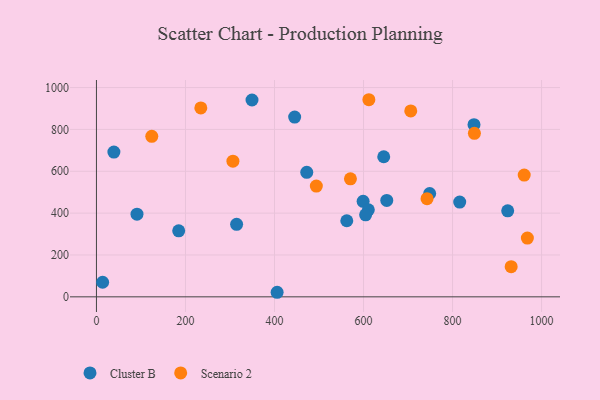
{"axis": {"x": "Experience", "y": "Rating"}, "legend": ["Cluster B", "Scenario 2"], "data": [{"x": "748.6", "y": 493.9, "type": "Cluster B"}, {"x": "599.1", "y": 456.6, "type": "Cluster B"}, {"x": "610.8", "y": 415.8, "type": "Cluster B"}, {"x": "91.1", "y": 395.1, "type": "Cluster B"}, {"x": "652.2", "y": 460.5, "type": "Cluster B"}, {"x": "445.3", "y": 859.0, "type": "Cluster B"}, {"x": "13.9", "y": 69.8, "type": "Cluster B"}, {"x": "645.4", "y": 669.4, "type": "Cluster B"}, {"x": "604.7", "y": 391.7, "type": "Cluster B"}, {"x": "405.9", "y": 21.8, "type": "Cluster B"}, {"x": "848.2", "y": 822.7, "type": "Cluster B"}, {"x": "472.5", "y": 595.2, "type": "Cluster B"}, {"x": "816.1", "y": 452.9, "type": "Cluster B"}, {"x": "184.8", "y": 315.6, "type": "Cluster B"}, {"x": "314.9", "y": 346.4, "type": "Cluster B"}, {"x": "39.2", "y": 691.8, "type": "Cluster B"}, {"x": "349.5", "y": 940.6, "type": "Cluster B"}, {"x": "562.4", "y": 363.5, "type": "Cluster B"}, {"x": "923.9", "y": 411.1, "type": "Cluster B"}, {"x": "306.6", "y": 648.3, "type": "Scenario 2"}, {"x": "931.7", "y": 144.0, "type": "Scenario 2"}, {"x": "612.0", "y": 941.9, "type": "Scenario 2"}, {"x": "706.1", "y": 888.3, "type": "Scenario 2"}, {"x": "570.6", "y": 563.8, "type": "Scenario 2"}, {"x": "849.1", "y": 781.2, "type": "Scenario 2"}, {"x": "124.3", "y": 767.0, "type": "Scenario 2"}, {"x": "968.1", "y": 280.7, "type": "Scenario 2"}, {"x": "961.0", "y": 581.9, "type": "Scenario 2"}, {"x": "234.5", "y": 902.8, "type": "Scenario 2"}, {"x": "742.7", "y": 468.9, "type": "Scenario 2"}, {"x": "494.0", "y": 529.5, "type": "Scenario 2"}]}